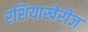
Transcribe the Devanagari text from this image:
रशियाखेरीज